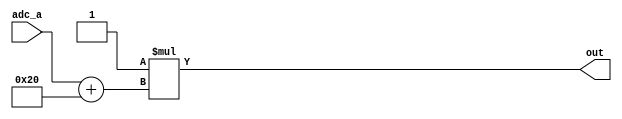
module task_adc(adc_a, out);

input [7:0] adc_a;
output reg [7:0] out;

task convert;
	input [7:0] adc_in;
	output reg [7:0] out;
	begin 
	out = (9/5)*(adc_in +32);
end
endtask

always@ (adc_a)
begin 
convert (adc_a,out);
end

endmodule